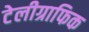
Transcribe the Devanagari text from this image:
टेलीग्राफिक